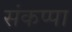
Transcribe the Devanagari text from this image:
संकप्पा